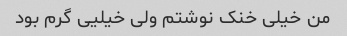
من خیلی خنک نوشتم ولی خیلیی گرم بود